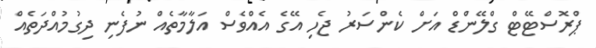
ޕްރޮސްޓޭޓް ގްލޭންޑް އަށް ކެންސަރު ޖެހި އޭގެ އެއްވެސް އަލާމާތެއް ނުފެނި ދިގުމުއްދަތެއް